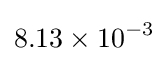
8.13\times 10^{-3}